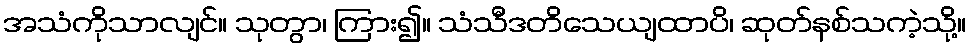
အသံကိုသာလျင်။ သုတွာ၊ ကြား၍။ သံသီဒတိသေယျထာပိ၊ ဆုတ်နစ်သကဲ့သို့။